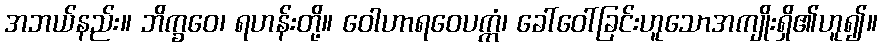
အဘယ်နည်း။ ဘိက္ခဝေ၊ ရဟန်းတို့။ ဝေါဟာရဝေပက္ကံ၊ ခေါ်ဝေါ်ခြင်းဟူသောအကျိုးရှိ၏ဟူ၍။